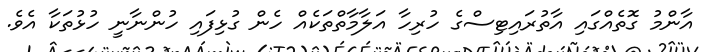
އާންމު ގޮތެއްގައި އާތުރައިޓިސްގެ ހުރިހާ އަލާމާތްތަކެއް ހެން ގުޅިފައި ހުންނާނީ ހުޅުތަކާ އެވެ.